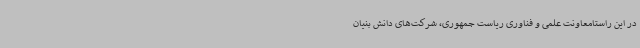
در این راستامعاونت علمی و فناوری ریاست جمهوری، شرکت‌های دانش بنیان